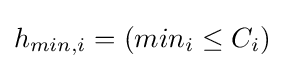
h_{min,i}=(min_{i}\leq C_{i})